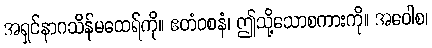
အရှင်နာဂသိန်မထေရ်ကို။ ဧတံဝစနံ၊ ဤသို့သောစကားကို။ အဝေါစ၊